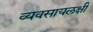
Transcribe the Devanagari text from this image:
व्यवसायलक्षी